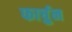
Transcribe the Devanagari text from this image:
फार्चुन